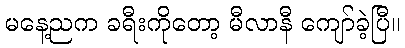
မနေ့ညက ခရီးကိုတော့ မီလာနီ ကျော်ခဲ့ပြီ။